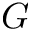
G